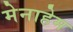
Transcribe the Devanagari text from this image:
मेनाहेम